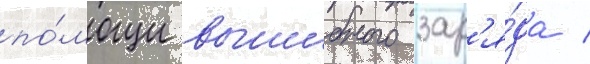
по́мощи вышибного зар'я́да /